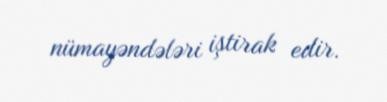
nümayəndələri iştirak edir.